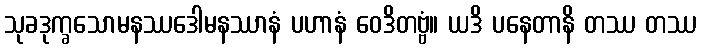
သုခဒုက္ခသောမနဿဒေါမနဿာနံ ပဟာနံ ဝေဒိတဗ္ဗံ။ ယဒိ ပနေတာနိ တဿ တဿ